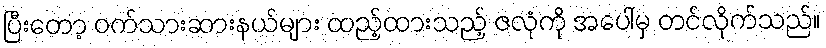
ပြီးတော့ ဝက်သားဆားနယ်များ ထည့်ထားသည့် ဇလုံကို အပေါ်မှ တင်လိုက်သည်။